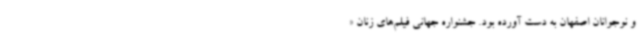
و نوجوانان اصفهان به دست آورده بود. جشنواره جهانی فیلم‌های زنان «